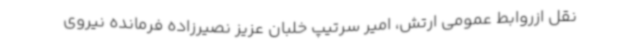
نقل ازروابط عمومی ارتش، امیر سرتیپ خلبان عزیز نصیرزاده فرمانده نیروی